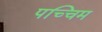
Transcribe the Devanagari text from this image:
पच्चिम